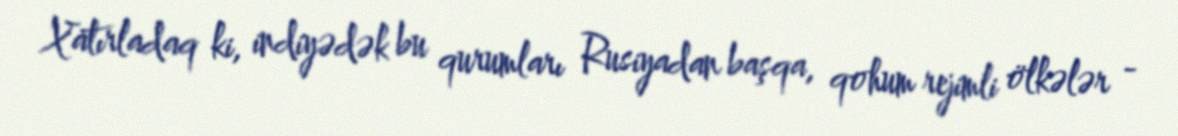
Xatırladaq ki, indiyədək bu qurumları Rusiyadan başqa, qohum rejimli ölkələr -